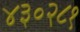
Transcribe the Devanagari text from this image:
४३०२८१